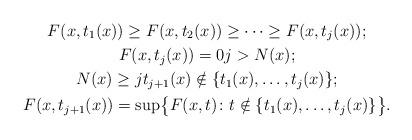
LaTeX: \begin{gather*}F(x,t_1(x))\geq F(x,t_2(x))\geq\dots\geq F(x,t_j(x));\\F(x,t_j(x))=0j>N(x);\\N(x)\geq j t_{j+1}(x)\notin\{t_1(x),\dots,t_j(x)\};\\F(x,t_{j+1}(x))=\sup\bigl\{F(x,t)\colon t\notin\{t_1(x),\dots,t_j(x)\}\bigr\}.\end{gather*}